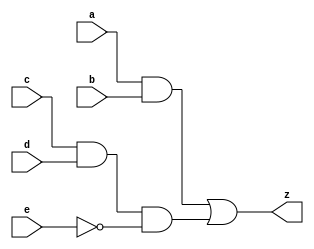
module combo (input a , b , c , d , e , output z);
    assign z = ((a & b) | (c & d) & ~e);
endmodule

module tb;
 // declare testbench variables
    reg a,b,c,d,e;
    wire z;
    integer i;
 
    combo u0 ( .a(a), .b(b), .c(c), .d(d), .e(e), .z(z) );

    initial begin
        a<=0;
        b<=0;
        c<=0;
        d<=0;
        e<=0;

        $monitor ("a=%0b, b=%0b, c=%0b, d=%0b, e=%0b, z=%0b", a, b, c, d, e, z);

        for (i = 0; i<32 ; i = i+1 ) begin
            {a,b,c,d,e} = i;
            #10;
        end
    end
endmodule